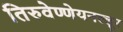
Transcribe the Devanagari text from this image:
तिरुवेण्णेयनल्लूर